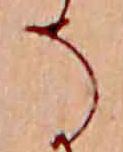
そ